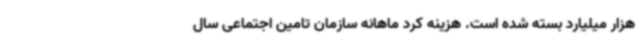
هزار میلیارد بسته شده است. هزینه کرد ماهانه سازمان تامین اجتماعی سال